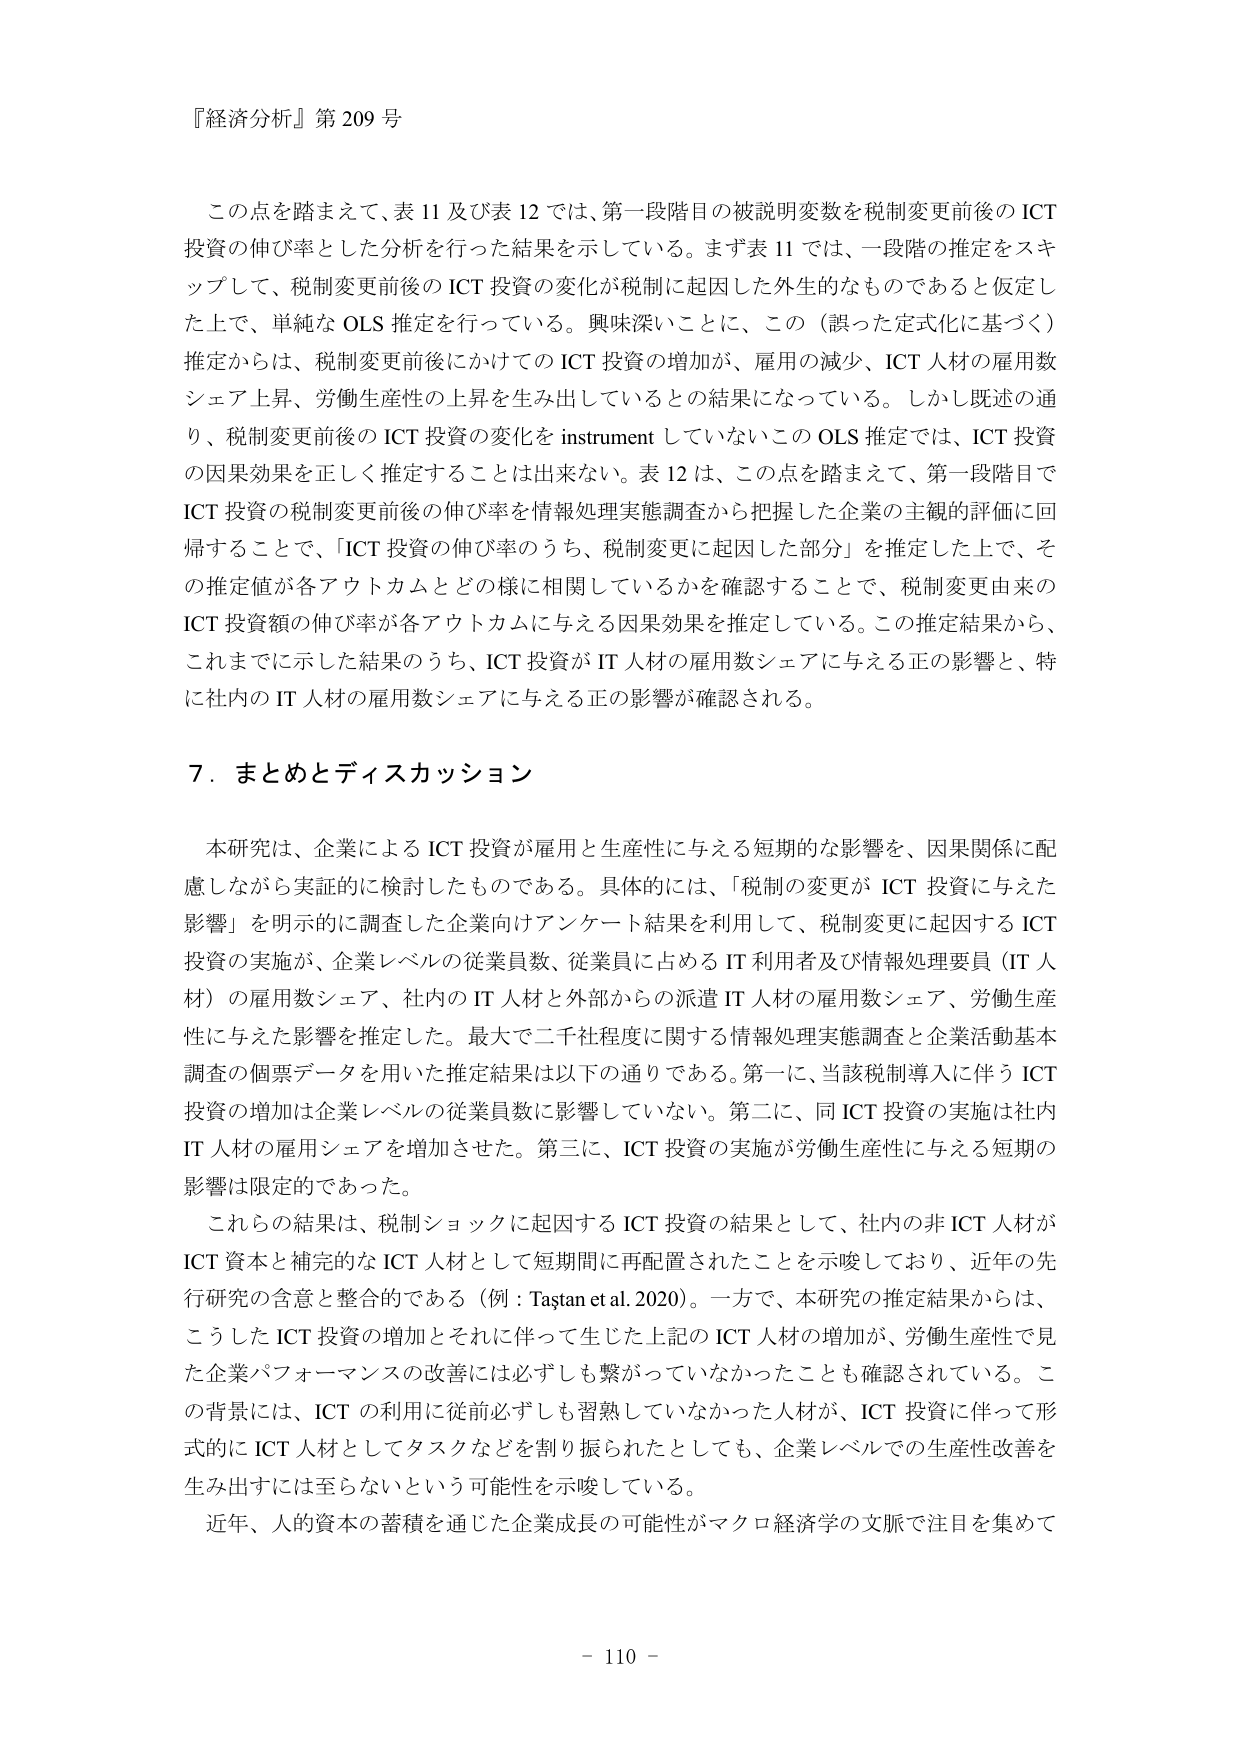
『経済分析』第 209 号

この点を踏まえて、表 11 及び表 12 では、第一段階目の被説明変数を税制変更前後の ICT 投資の伸び率とした分析を行った結果を示している。まず表 11 では、一段階の推定をスキップして、税制変更前後の ICT 投資の変化が税制に起因した外生的なものであると仮定した上で、単純な OLS 推定を行っている。興味深いことに、この（誤った定式化に基づく）推定からは、税制変更前後にかけての ICT 投資の増加が、雇用の減少、ICT 人材の雇用数シェア上昇、労働生産性の上昇を生み出しているとの結果になっている。しかし既述の通り、税制変更前後の ICT 投資の変化を instrument していないこの OLS 推定では、ICT 投資の因果効果を正しく推定することは出来ない。表 12 は、この点を踏まえて、第一段階目で ICT 投資の税制変更前後の伸び率を情報処理実態調査から把握した企業の主観的評価に回帰することで、「ICT 投資の伸び率のうち、税制変更に起因した部分」を推定した上で、その推定値が各アウトカムとどの様に相関しているかを確認することで、税制変更由来の ICT 投資額の伸び率が各アウトカムに与える因果効果を推定している。この推定結果から、これまでに示した結果のうち、ICT 投資が IT 人材の雇用数シェアに与える正の影響と、特に社内の IT 人材の雇用数シェアに与える正の影響が確認される。

7．まとめとディスカッション

本研究は、企業による ICT 投資が雇用と生産性に与える短期的な影響を、因果関係に配慮しながら実証的に検討したものである。具体的には、「税制の変更が ICT 投資に与えた影響」を明示的に調査した企業向けアンケート結果を利用して、税制変更に起因する ICT 投資の実施が、企業レベルの従業員数、従業員に占める IT 利用者及び情報処理要員（IT 人材）の雇用数シェア、社内の IT 人材と外部からの派遣 IT 人材の雇用数シェア、労働生産性に与えた影響を推定した。最大で二千社程度に関する情報処理実態調査と企業活動基本調査の個票データを用いた推定結果は以下の通りである。第一に、当該税制導入に伴う ICT 投資の増加は企業レベルの従業員数に影響していない。第二に、同 ICT 投資の実施は社内 IT 人材の雇用シェアを増加させた。第三に、ICT 投資の実施が労働生産性に与える短期の影響は限定的であった。

これらの結果は、税制ショックに起因する ICT 投資の結果として、社内の非 ICT 人材が ICT 資本と補完的な ICT 人材として短期間に再配置されたことを示唆しており、近年の先行研究の含意と整合的である（例：Taştan et al. 2020）。一方で、本研究の推定結果からは、こうした ICT 投資の増加とそれに伴って生じた上記の ICT 人材の増加が、労働生産性で見た企業パフォーマンスの改善には必ずしも繋がっていなかったことも確認されている。この背景には、ICT の利用に従前必ずしも習熟していなかった人材が、ICT 投資に伴って形式的に ICT 人材としてタスクなどを割り振られたとしても、企業レベルでの生産性改善を生み出すには至らないという可能性を示唆している。

近年、人的資本の蓄積を通じた企業成長の可能性がマクロ経済学の文脈で注目を集めて

- 110 -